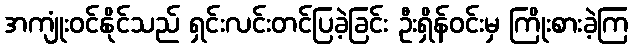
အကျုံးဝင်နိုင်သည် ရှင်းလင်းတင်ပြခဲ့ခြင်း ဦးရှိန်ဝင်းမှ ကြိုးစားခဲ့ကြ